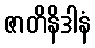
ဇာတိနိဒါနံ